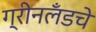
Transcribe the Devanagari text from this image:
ग्रीनलँडचे